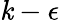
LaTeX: \mathit{k}-\epsilon